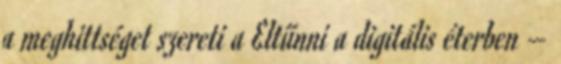
a meghittséget szereti a Eltűnni a digitális éterben –